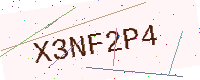
Text: X3NF2P4